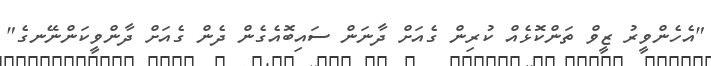
"އެހެންވީރު ޒީވް ތަންކޮޅެއް ކުރިން ގެއަށް ދާނަން ސައިބޮއެގެން ދެން ގެއަށް ދާންވީކަންނޭނގެ"